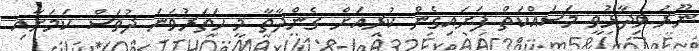
ނޫރު ވިދާޅުވީ މަސައްކަތް ފަށައިގެން ކުރިއަށް ގެންދާތާ މީ ހަތަރުވަނަ ދުވަސް ކަމަށާއި